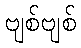
ဗျစ်ဗျစ်